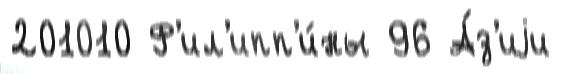
201010 Ф'ил'ипп'и́ны 96 А́з'иjи